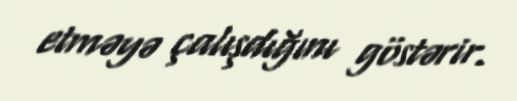
etməyə çalışdığını göstərir.